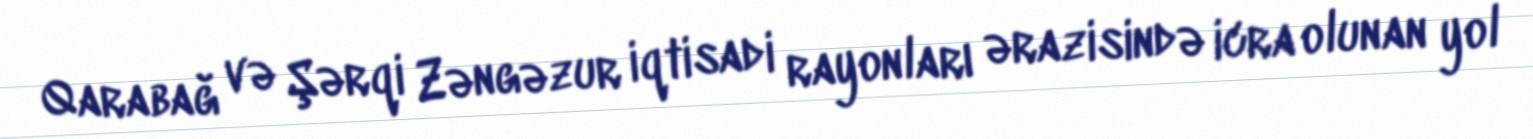
Qarabağ və Şərqi Zəngəzur iqtisadi rayonları ərazisində icra olunan yol